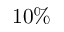
1 0 \%